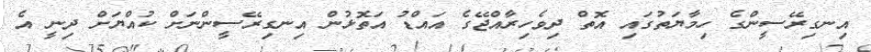
އިނގިރޭސީންގެ ހިމާޔަތުގައި އޮތް ދިވެހިރާއްޖޭގެ އައްޑު އަތޮޅުން އިނގިރޭސީންނަށް ކުއްޔަށް ދިނީ އެ